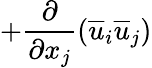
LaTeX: +\frac{\partial}{\partial x_{j}}(\overline{{u}}_{i}\overline{{u}}_{j})